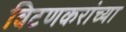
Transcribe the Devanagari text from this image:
विटणकरांच्या